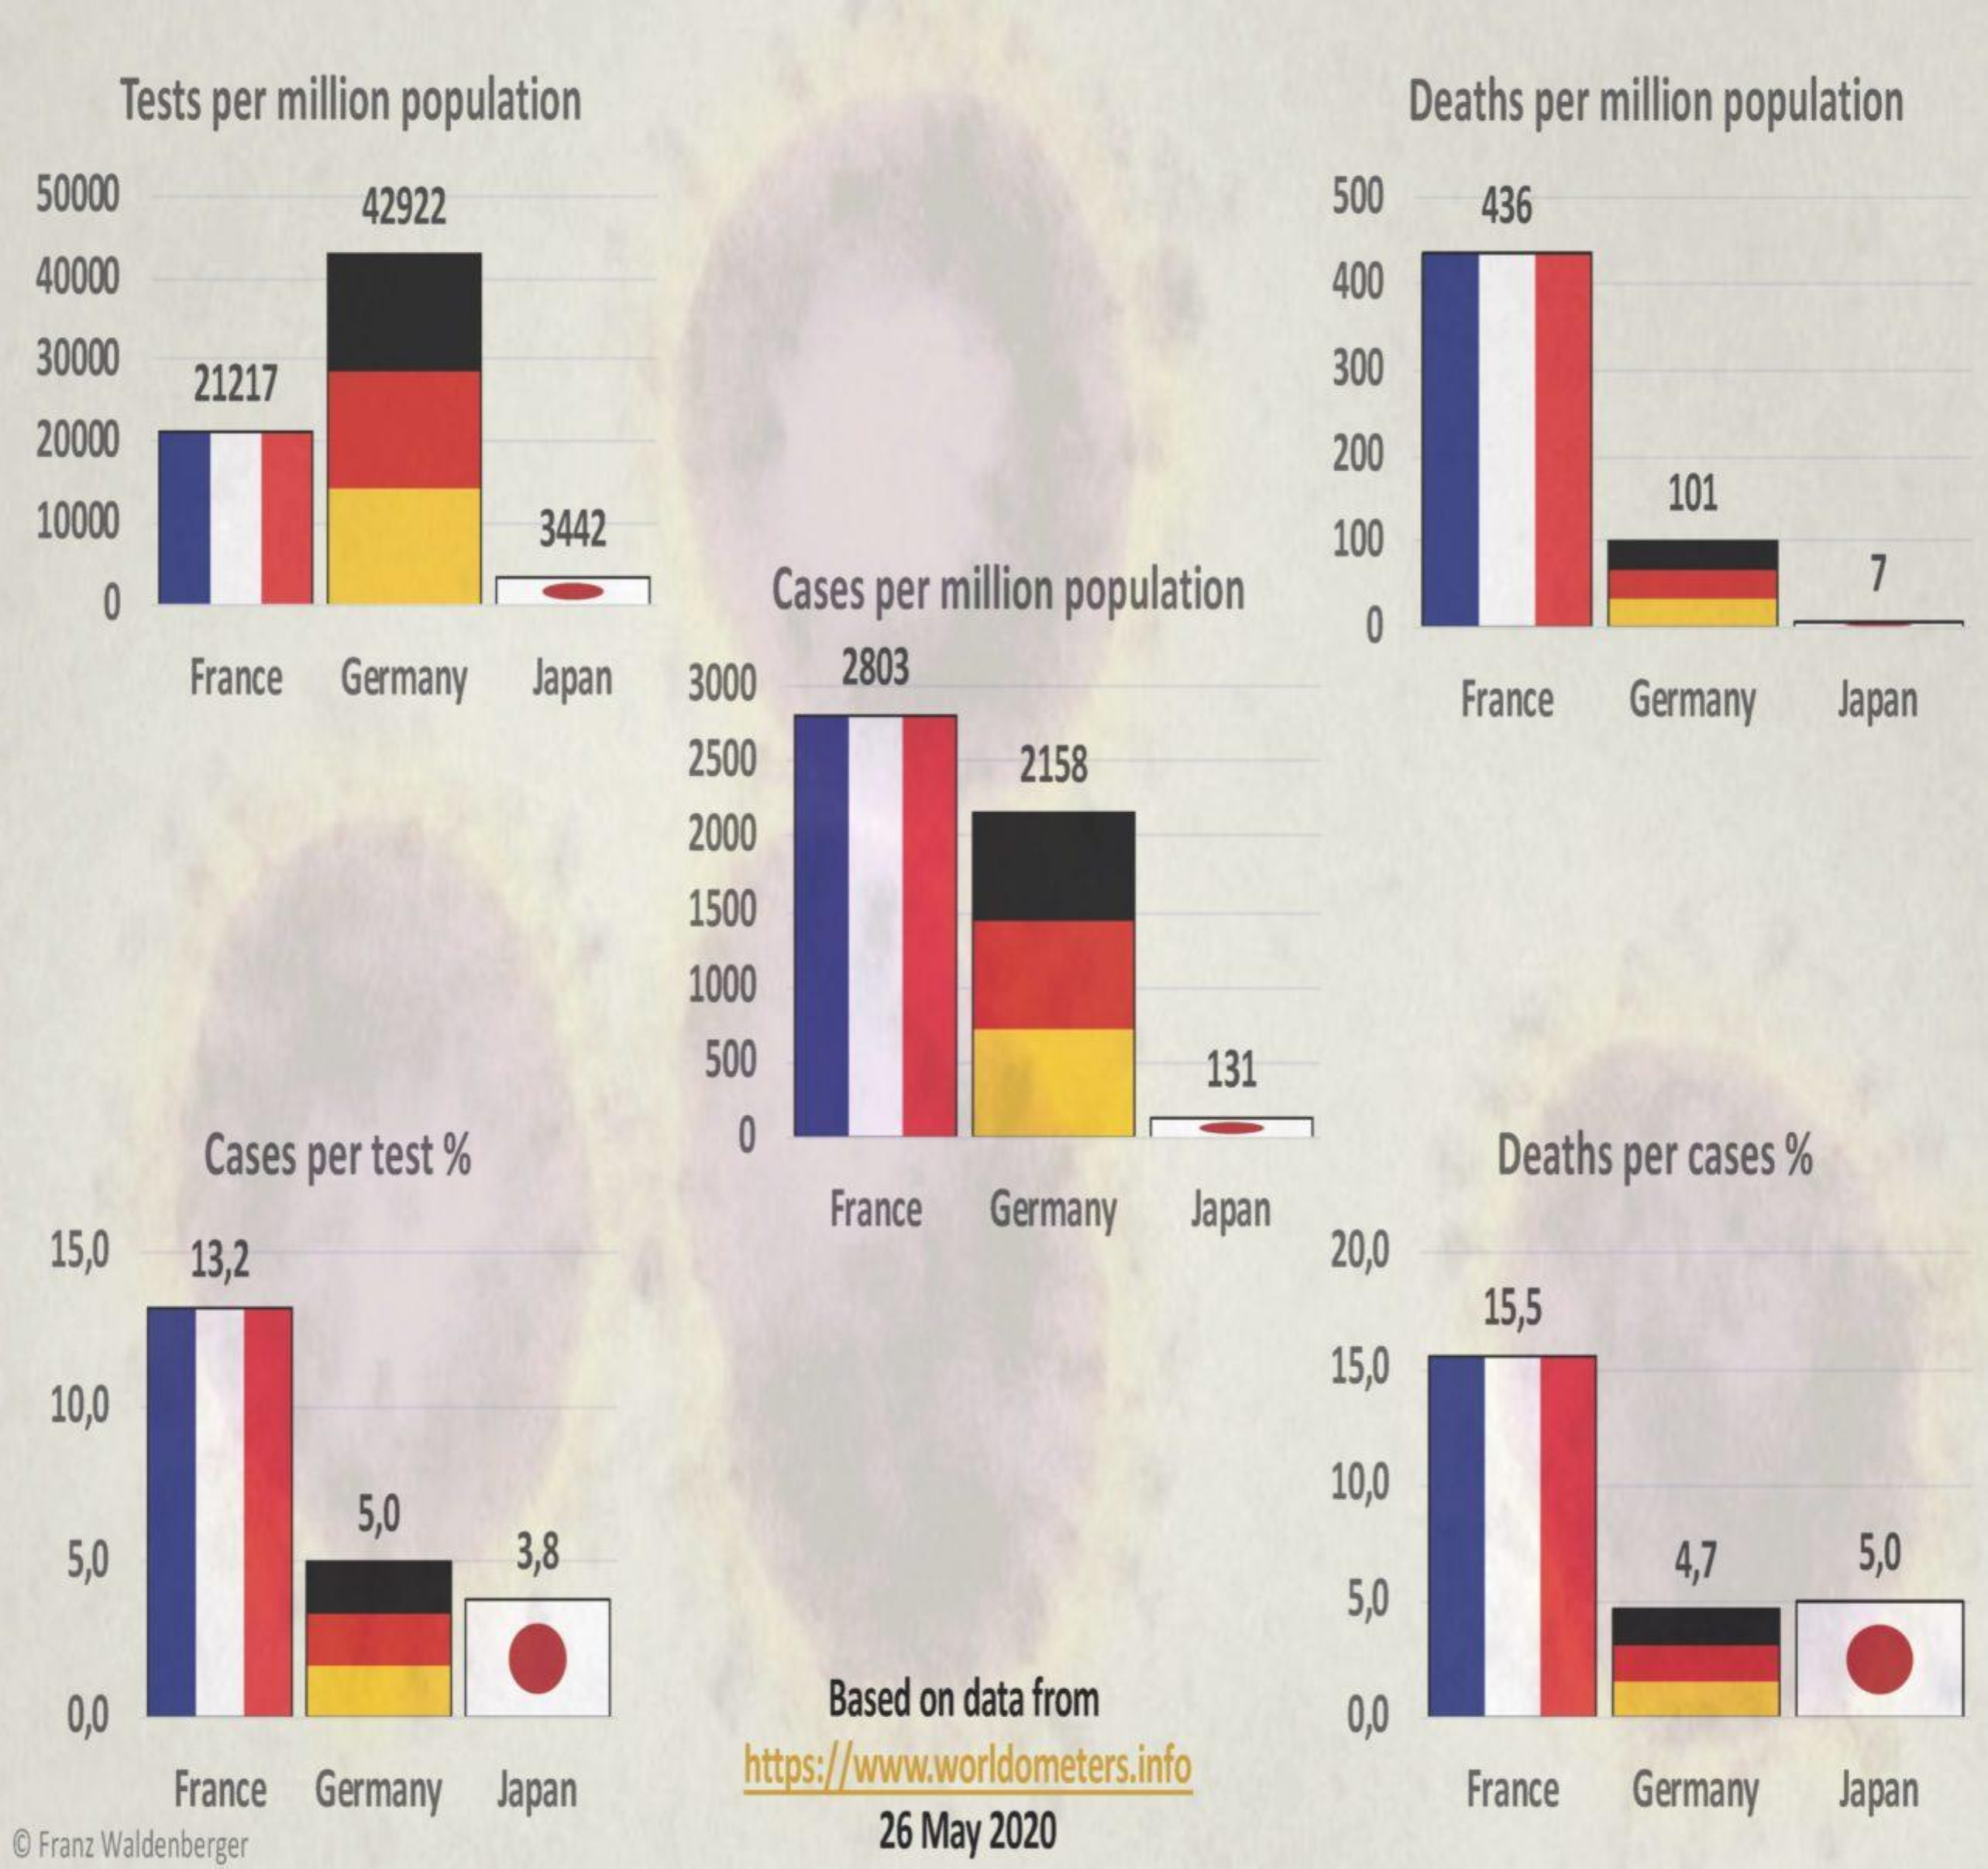
Tests per million population    Deaths per million population
  50000    42922    500  436
  40000    400
  30000
     21217    300
  20000    200
  10000    3442
     Cases per million population
     100
     101
   0
     7
     0
     France Germany Japan 3000 2803
     France Germany Japan
     2500    2158
     2000
     1500
     1000
     500    131
     Cases per test %    Deaths per cases %
  15,0
     France Germany Japan
     13,2    20,0
     15,5
  10,0
     15,0
     5,0
     10,0
  5,0    3,8
     5,0
     4,7  5,0
  0,0    Based on data from 0,0
     France Germany Japan
     https://www.worldometers.info
     France Germany Japan
  @ Franz Waldenberger   26 May 2020